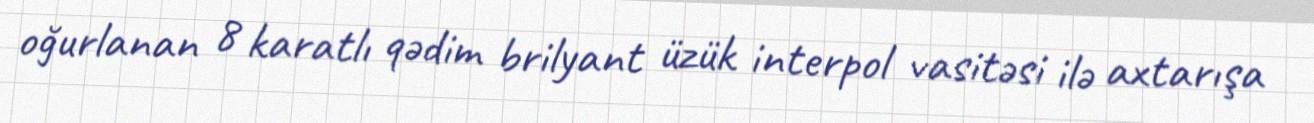
oğurlanan 8 karatlı qədim brilyant üzük interpol vasitəsi ilə axtarışa